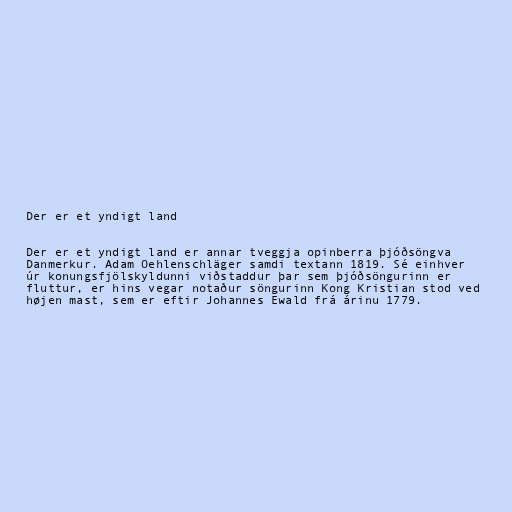
Der er et yndigt land

Der er et yndigt land er annar tveggja opinberra þjóðsöngva
Danmerkur. Adam Oehlenschläger samdi textann 1819. Sé einhver
úr konungsfjölskyldunni viðstaddur þar sem þjóðsöngurinn er
fluttur, er hins vegar notaður söngurinn Kong Kristian stod ved
højen mast, sem er eftir Johannes Ewald frá árinu 1779.